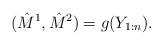
LaTeX: \begin{align*}(\hat{M}^1,\hat{M}^2) = g(Y_{1:n}).\end{align*}